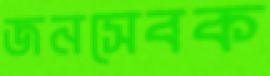
জনসেবক